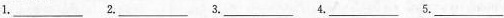
1.___ 2.___ 3.___ 4.___ 5.___